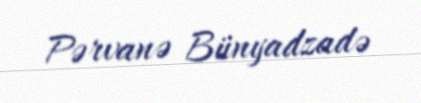
Pərvanə Bünyadzadə